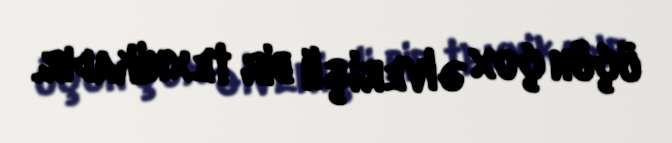
üçün çox əlverişli bir texnikadır.